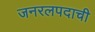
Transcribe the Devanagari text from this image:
जनरलपदाची